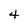
Character: 4